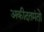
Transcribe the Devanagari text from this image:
अकीदतमंतो